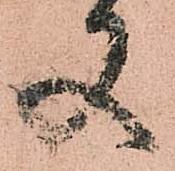
又